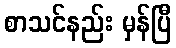
စာသင်နည်း မှန်ပြီ